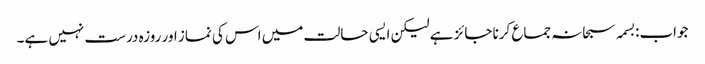
جواب:بسمہ سبحانہ جماع کرنا جائز ہے لیکن ایسی حالت میں اس کی نماز اور روزہ درست نہیں ہے۔